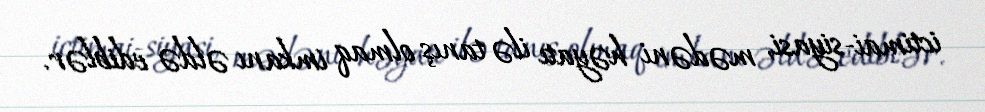
ictimai-siyasi, mədəni həyatı ilə tanış olmaq imkanı əldə ediblər.